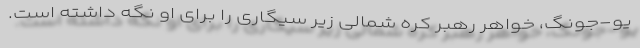
یو-جونگ، خواهر رهبر کره شمالی زیر سیگاری را برای او نگه داشته است.